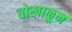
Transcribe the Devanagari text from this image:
चोखाळून